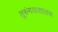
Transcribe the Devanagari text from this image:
तुरुंगवासातच